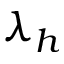
\lambda _ { h }